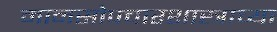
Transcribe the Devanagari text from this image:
मानसोपचारशास्त्राच्या